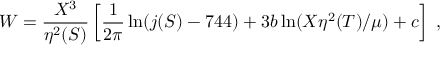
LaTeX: W = \frac { X ^ { 3 } } { \eta ^ { 2 } ( S ) } \left[ \frac { 1 } { 2 \pi } \ln ( j ( S ) - 7 4 4 ) + 3 b \ln ( X \eta ^ { 2 } ( T ) / \mu ) + c \right] \; ,